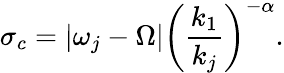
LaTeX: \sigma_{c}=|\omega_{j}-\Omega|\left(\frac{k_{1}}{k_{j}}\right)^{-\alpha}.